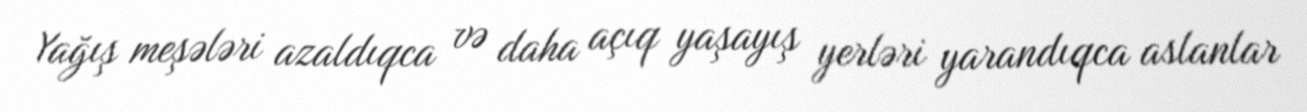
Yağış meşələri azaldıqca və daha açıq yaşayış yerləri yarandıqca aslanlar